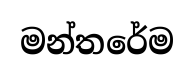
මන්තරේම